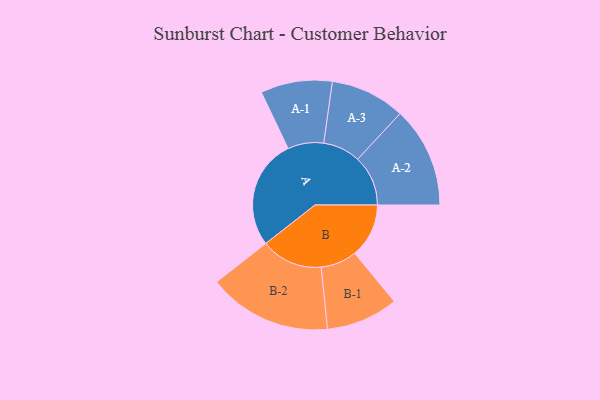
{"axis": {"x": "Segment", "y": "Value"}, "legend": ["", "A", "B"], "data": [{"x": "A", "y": 414, "type": ""}, {"x": "B", "y": 204, "type": ""}, {"x": "A-1", "y": 135, "type": "A"}, {"x": "A-2", "y": 190, "type": "A"}, {"x": "A-3", "y": 141, "type": "A"}, {"x": "B-1", "y": 136, "type": "B"}, {"x": "B-2", "y": 233, "type": "B"}]}